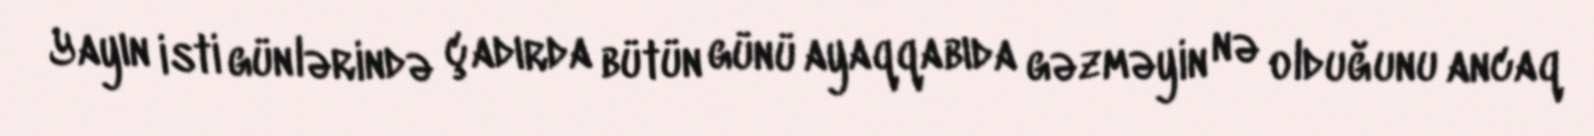
Yayın isti günlərində çadırda bütün günü ayaqqabıda gəzməyin nə olduğunu ancaq